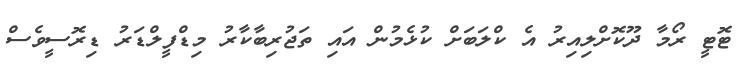
ޓޮޓީ ރޯމާ ދޫކޮށްލިއިރު އެ ކްލަބަށް ކުޅެމުން އައި ތަޖުރިބާކާރު މިޑްފީލްޑަރު ޑިރޮސީވެސް